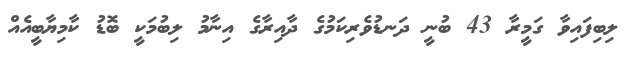
ލިބިފައިވާ ގަމީރާ 43 ބުނީ ދަނޑުވެރިކަމުގެ ދާއިރާގެ އިނާމު ލިބުމަކީ ބޮޑު ކާމިޔާބީއެއް